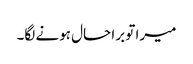
میرا تو برا حال ہونے لگا۔